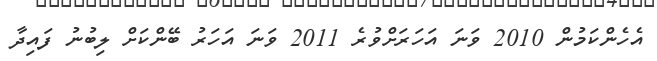
އެހެންކަމުން 2010 ވަނަ އަހަރަށްވުރެ 2011 ވަނަ އަހަރު ބޭންކަށް ލިބުނު ފައިދާ